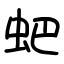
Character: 蚆